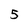
Character: 5